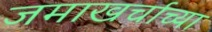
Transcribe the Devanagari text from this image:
जमाखर्चाच्या